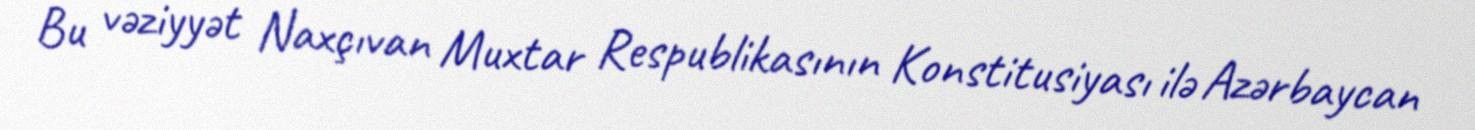
Bu vəziyyət Naxçıvan Muxtar Respublikasının Konstitusiyası ilə Azərbaycan